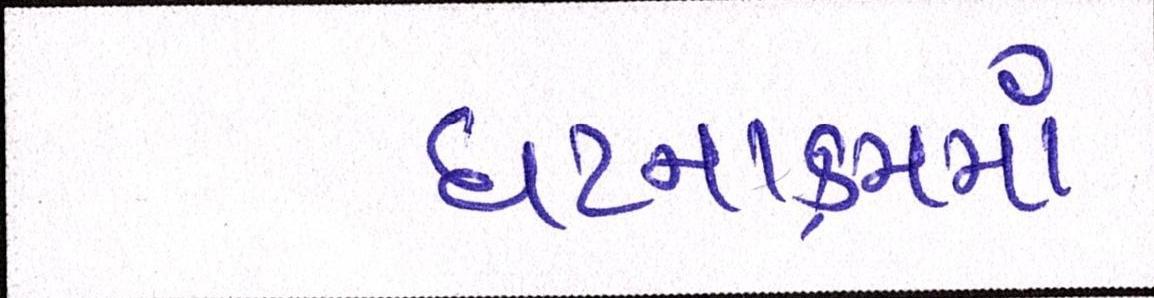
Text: ઘટનાક્રમમાં